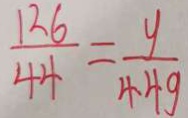
\frac { 1 2 6 } { 4 4 } = \frac { y } { 4 4 g }